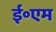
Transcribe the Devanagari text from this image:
ई॰एम